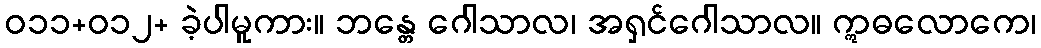
ဝ၁၁+ဝ၁၂+ ခဲ့ပါမူကား။ ဘန္တေ ဂေါသာလ၊ အရှင်ဂေါသာလ။ ဣဓလောကေ၊